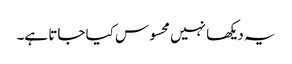
یہ دیکھا نہیں محسوس کیا جاتا ہے۔